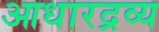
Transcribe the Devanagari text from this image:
आधारद्रव्य